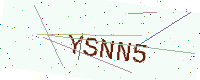
Text: YSNN5